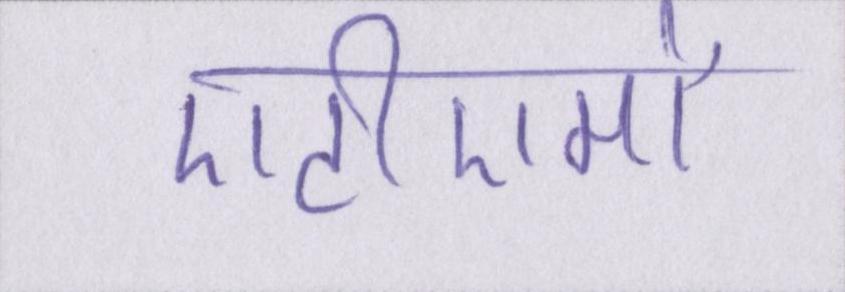
एटीएमों